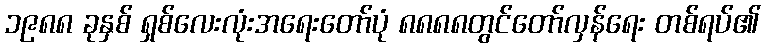
၁၉၈၈ ခုနှစ် ရှစ်လေးလုံးအရေးတော်ပုံ ၈၈၈၈တွင်တော်လှန်ရေး တစ်ရပ်၏